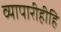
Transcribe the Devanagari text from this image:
व्यापारीहीहि